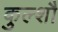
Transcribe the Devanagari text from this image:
कुल्शौ